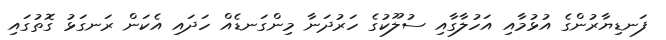
ފަނޑިޔާރުންގެ އުޅުމާއި އަހުލާގާއި ސުލޫކުގެ ހަރުދަނާ މިންގަނޑެއް ހަދައި އެކަން ރަނގަޅު ގޮތުގައި